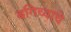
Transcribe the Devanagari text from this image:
बगिच्याचे